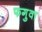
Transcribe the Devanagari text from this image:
फगुवा